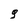
Character: g